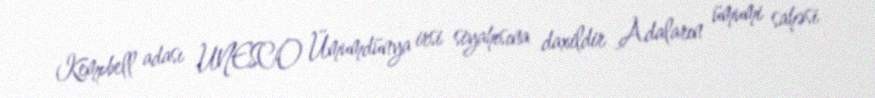
Kempbell adası UNESCO Ümumdünya irsi siyahısına daxildir Adaların ümumi sahəsi